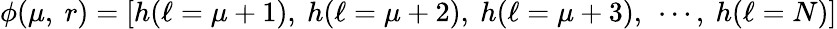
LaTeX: \phi(\mu,\ r)=[h(\ell=\mu+1),\ h(\ell=\mu+2),\ h(\ell=\mu+3),\ \cdots,\ h(\ell=N)]